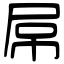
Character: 屌